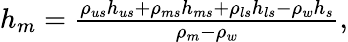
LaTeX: \begin{array}{r}{h_{m}=\frac{\rho_{us}h_{us}+\rho_{ms}h_{ms}+\rho_{ls}h_{ls}-\rho_{w}h_{s}}{\rho_{m}-\rho_{w}},}\end{array}